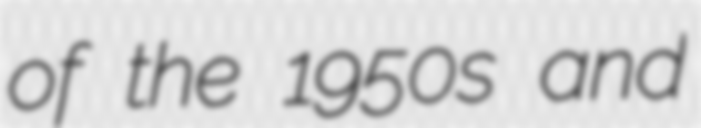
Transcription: of the 1950s and